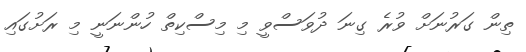
ތިން ގަރުނަށް ވުރެ ގިނަ ދުވަސްވީ މި މިސްކިތް ހުންނަނީ މި ރަށުގައި